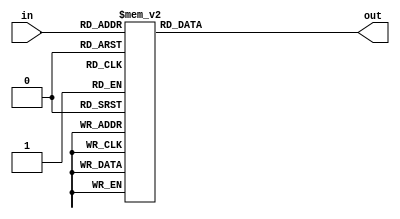
`timescale 1ns / 1ps
//////////////////////////////////////////////////////////////////////////////////
// Company: 
// Engineer: 
// 
// Design Name: 
// Module Name:    add3 
// Project Name: 
// Target Devices: 
// Tool versions: 
// Description: 
//
// Dependencies: 
//
// Revision: 
// Revision 0.01 - File Created
// Additional Comments: 
//
//////////////////////////////////////////////////////////////////////////////////
module add3(in,out);
input [3:0] in;
output [3:0] out;
reg [3:0] out;

always @ (in)
 case (in)
 4'b0000: out = 4'b0000;
 4'b0001: out = 4'b0001;
 4'b0010: out = 4'b0010;
 4'b0011: out = 4'b0011;
 4'b0100: out = 4'b0100;
 4'b0101: out = 4'b1000;
 4'b0110: out = 4'b1001;
 4'b0111: out = 4'b1010;
 4'b1000: out = 4'b1011;
 4'b1001: out = 4'b1100;
 default: out = 4'b0000;
 endcase
endmodule